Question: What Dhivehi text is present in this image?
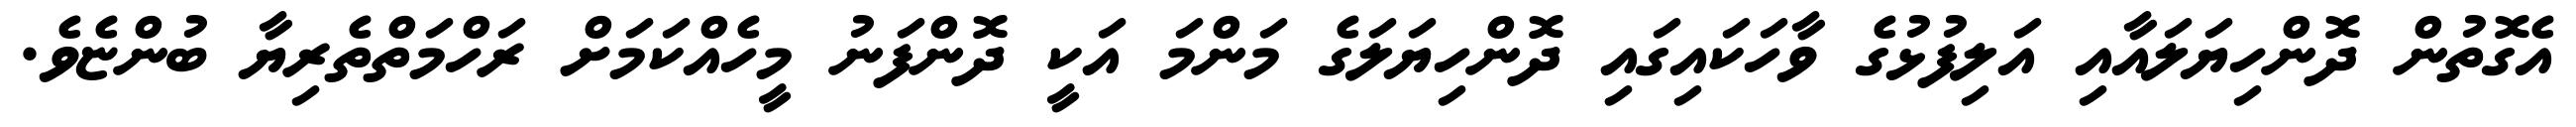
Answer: އެގޮތުން ދޮންހިޔަލައާއި އަލިފުޅުގެ ވާހަކައިގައި ދޮންހިޔަލަގެ މަންމަ އަކީ ދޮންފަނު މީހެއްކަމަށް ރަހްމަތްތެރިޔާ ބުންޏެވެ.